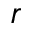
\boldsymbol { r }